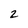
Character: 2